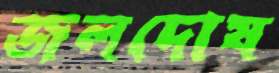
জলদোষ